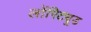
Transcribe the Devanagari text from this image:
लोंगिट्यूड